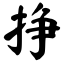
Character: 挣